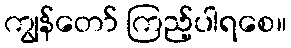
ကျွန်တော် ကြည့်ပါရစေ။